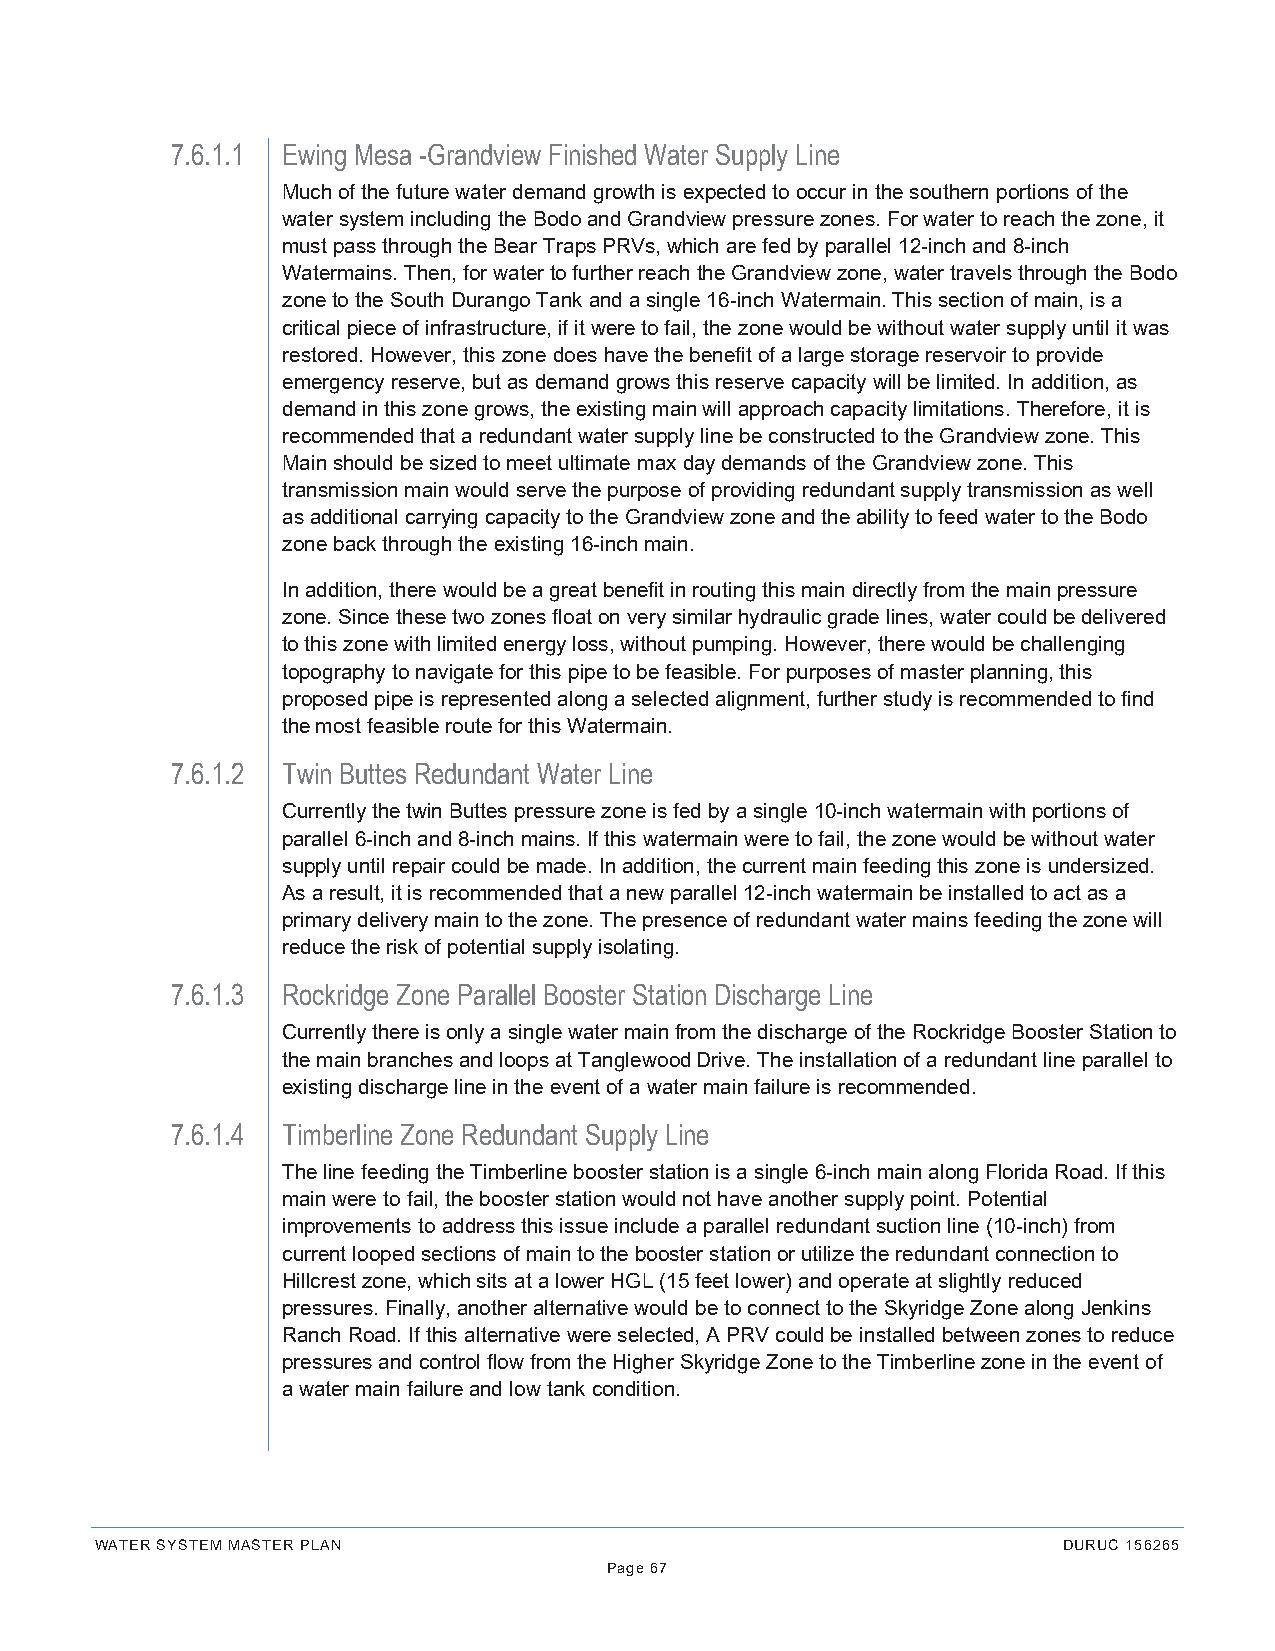
7.6.1.1 Ewing Mesa -Grandview Finished Water Supply Line
 Much of the future water demand growth is expected to occur in the southern portions of the
 water system including the Bodo and Grandview pressure zones. For water to reach the zone, it
 must pass through the Bear Traps PRVs, which are fed by parallel 12-inch and 8-inch
 Watermains. Then, for water to further reach the Grandview zone, water travels through the Bodo
 zone to the South Durango Tank and a single 16-inch Watermain. This section of main, is a
 critical piece of infrastructure, if it were to fail, the zone would be without water supply until it was
 restored. However, this zone does have the benefit of a large storage reservoir to provide
 emergency reserve, but as demand grows this reserve capacity will be limited. In addition, as
 demand in this zone grows, the existing main will approach capacity limitations. Therefore, it is
 recommended that a redundant water supply line be constructed to the Grandview zone. This
 Main should be sized to meet ultimate max day demands of the Grandview zone. This
 transmission main would serve the purpose of providing redundant supply transmission as well
 as additional carrying capacity to the Grandview zone and the ability to feed water to the Bodo
 zone back through the existing 16-inch main.
 In addition, there would be a great benefit in routing this main directly from the main pressure
 zone. Since these two zones float on very similar hydraulic grade lines, water could be delivered
 to this zone with limited energy loss, without pumping. However, there would be challenging
 topography to navigate for this pipe to be feasible. For purposes of master planning, this
 proposed pipe is represented along a selected alignment, further study is recommended to find
 the most feasible route for this Watermain.
 7.6.1.2 Twin Buttes Redundant Water Line
 Currently the twin Buttes pressure zone is fed by a single 10-inch watermain with portions of
 parallel 6-inch and 8-inch mains. If this watermain were to fail, the zone would be without water
 supply until repair could be made. In addition, the current main feeding this zone is undersized.
 As a result, it is recommended that a new parallel 12-inch watermain be installed to act as a
 primary delivery main to the zone. The presence of redundant water mains feeding the zone will
 reduce the risk of potential supply isolating.
 7.6.1.3 Rockridge Zone Parallel Booster Station Discharge Line
 Currently there is only a single water main from the discharge of the Rockridge Booster Station to
 the main branches and loops at Tanglewood Drive. The installation of a redundant line parallel to
 existing discharge line in the event of a water main failure is recommended.
 7.6.1.4 Timberline Zone Redundant Supply Line
 The line feeding the Timberline booster station is a single 6-inch main along Florida Road. If this
 main were to fail, the booster station would not have another supply point. Potential
 improvements to address this issue include a parallel redundant suction line (10-inch) from
 current looped sections of main to the booster station or utilize the redundant connection to
 Hillcrest zone, which sits at a lower HGL (15 feet lower) and operate at slightly reduced
 pressures. Finally, another alternative would be to connect to the Skyridge Zone along Jenkins
 Ranch Road. If this alternative were selected, A PRV could be installed between zones to reduce
 pressures and control flow from the Higher Skyridge Zone to the Timberline zone in the event of
 a water main failure and low tank condition.
 WATER SYSTEM MASTER PLAN                                        DURUC 156265
 Page 67